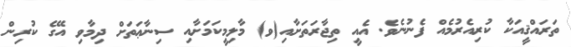
ތަރައްޤީއަކާ ކުރިއެރުމެއް ފެނުނެވެ. އެއީ ތިޖާރަތަށާއި(ވ) މާލިމީކަމަށާއި ސިނާޢަތަށް ދިމާވި އޭގެ ކުރިން